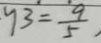
q 3 = \frac { 9 } { 5 }